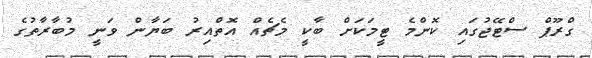
ގްރޫޕް ސްޓޭޖުގައި ކޮންމެ ޓީމަކަށް ބާކީ މެޗެއް އޮތްއިރު ބަޔާން ވަނީ މުބާރާތުގެ